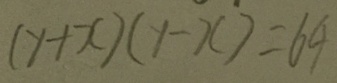
( y + x ) ( y - x ) = 6 4